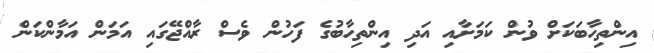
އިންތިހާބަކަށް ވުން ކަމަށާއި އަދި އިންތިހާބުގެ ފަހުން ވެސް ރާއްޖޭގައި އަމަން އަމާންކަން